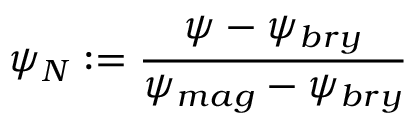
\psi _ { N } : = \frac { \psi - \psi _ { b r y } } { \psi _ { m a g } - \psi _ { b r y } }